Trukikaitis_Postimees, lk 15
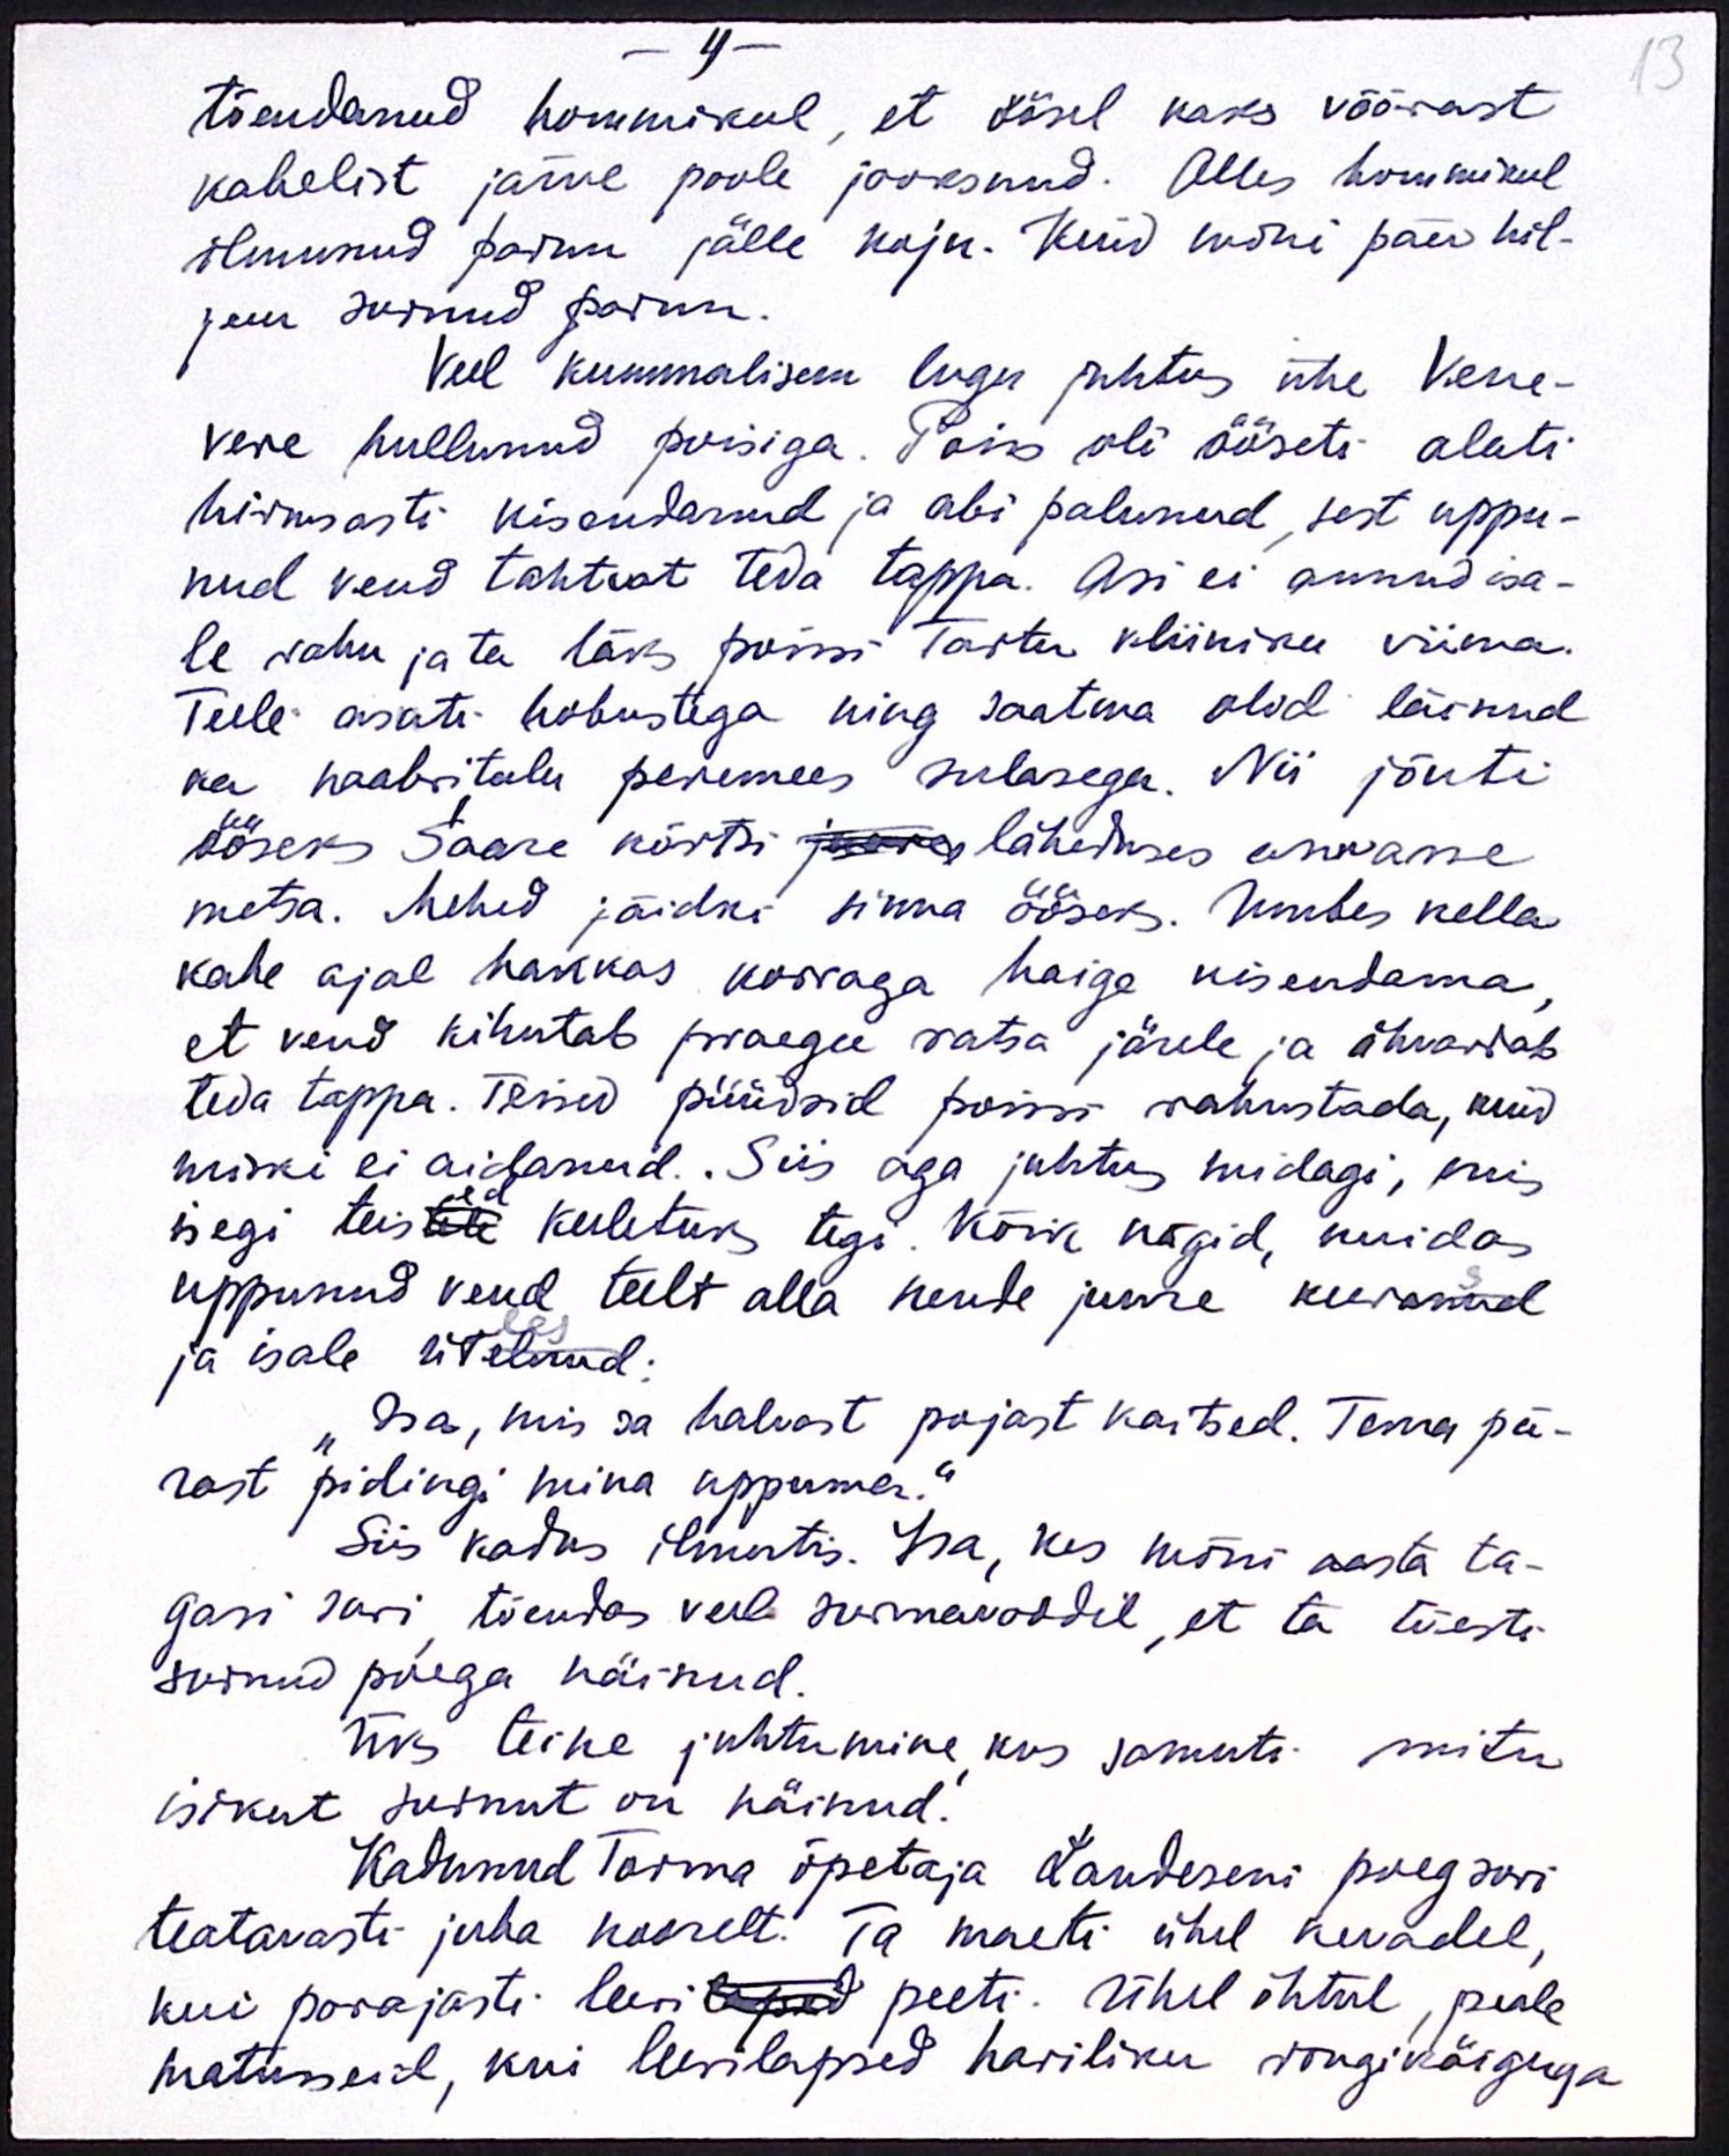
tõendanud hommikul, et öösel kaks võõrast
vahelist järve poole jooksnud. Alles hommikul
ilmunud parun jälle koju. Kuid mõni päev hil-
jem surnud parun.
Veel kummalisem lugu juhtus ühe Vene-
vere hullunud poisiga. Poiss oli ööseti alati
hirmsasti kisendanud ja abi palunud, sest uppu-
nud vend tahtvat teda tappa. Asi ei annud isa-
le rahu ja ta läks poissi Tartu kliiniku viima.
Teele asuti hobustega ning saatma olid läinud
ka naabritalu peremees sulasega. Nii jõuti
ööseks Saare kõrtsi juures läheduses asuvasse
metsa. Mehed jäidki sinna ööseks. Umbes kella
kahe ajal hakkas korraga haige kisendama,
et vend kihutab praegu ratsa järele ja ähvardab
teda tappa. Teised püüdsid poissi rahustada, kuid
miski ei aidanud. Siis aga juhtus midagi, mis
isegi teistele keeletuks tegi. Kõik nägid, kuidas
uppunud vend teelt alla nende juure keeranud
ja isale ütelnud.
Isa, mis sa halvast pojast kaitsed. Tema pä-
rast pidingi mina uppuma.“
Siis kadus ilmutis. Isa, kes mõni aasta ta-
gasi suri tõendas veel surmawoodil, et ta tõesti
surnud poega näinud.
Üks teine juhtumine kus samuti mitu
isikut surnut on näinud.
Kadunud Torma õpetaja Landeseni poeg suri
teatavasti juba noorelt. Ta maeti ühel kevadel,
kui parajasti leeri lapsed peeti. Ühel õhtul, peale
matuseid, kui leerilapsed hariliku rongikäiguga